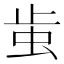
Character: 𧉘